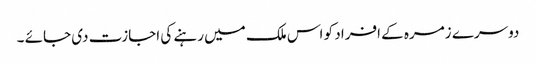
دوسرے زمرہ کے افراد کو اس ملک میں رہنے کی اجازت دی جائے ۔